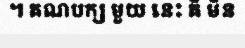
។ គណបក្ស មួយ នេះ គឺ មិន